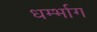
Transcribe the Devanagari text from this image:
धर्म्भाग